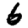
Digit: 6